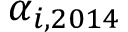
\alpha _ { i , 2 0 1 4 }